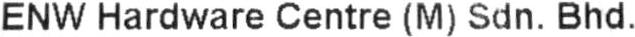
ENW HARDWARE CENTRE (M) SDN. BHD.